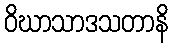
ဝိဃာသာဒသတာနိ